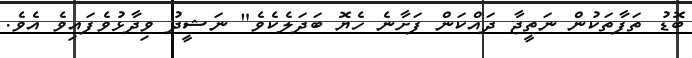
ބޮޑު ތަފާތަކުން ނަތީޖާ ދައްކަން ފަށާނެ ހެޔޮ ބަދަލެކެވެ" ނަޝީދު ވިދާޅުވެފައިވެ އެވެ.